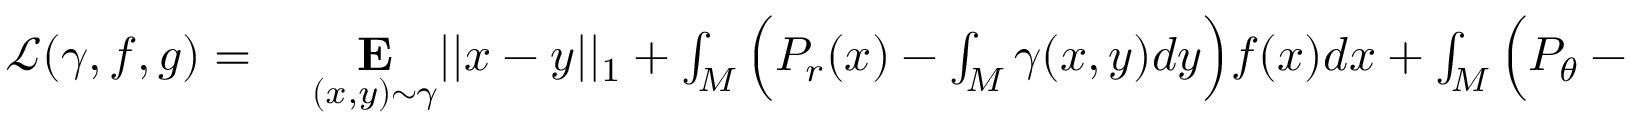
\begin{array} { r l } { \mathcal { L } ( \gamma , f , g ) = { } } & { { } \underset { ( x , y ) \sim \gamma } { \mathbf { E } } | | x - y | | _ { 1 } + \int _ { M } \Big ( P _ { r } ( x ) - \int _ { M } \gamma ( x , y ) d y \Big ) f ( x ) d x + \int _ { M } \Big ( P _ { \theta } - \int _ { M } \gamma ( x , y ) d x \Big ) g ( y ) d y } \end{array}